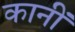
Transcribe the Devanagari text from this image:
कानीं